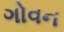
ગોવન